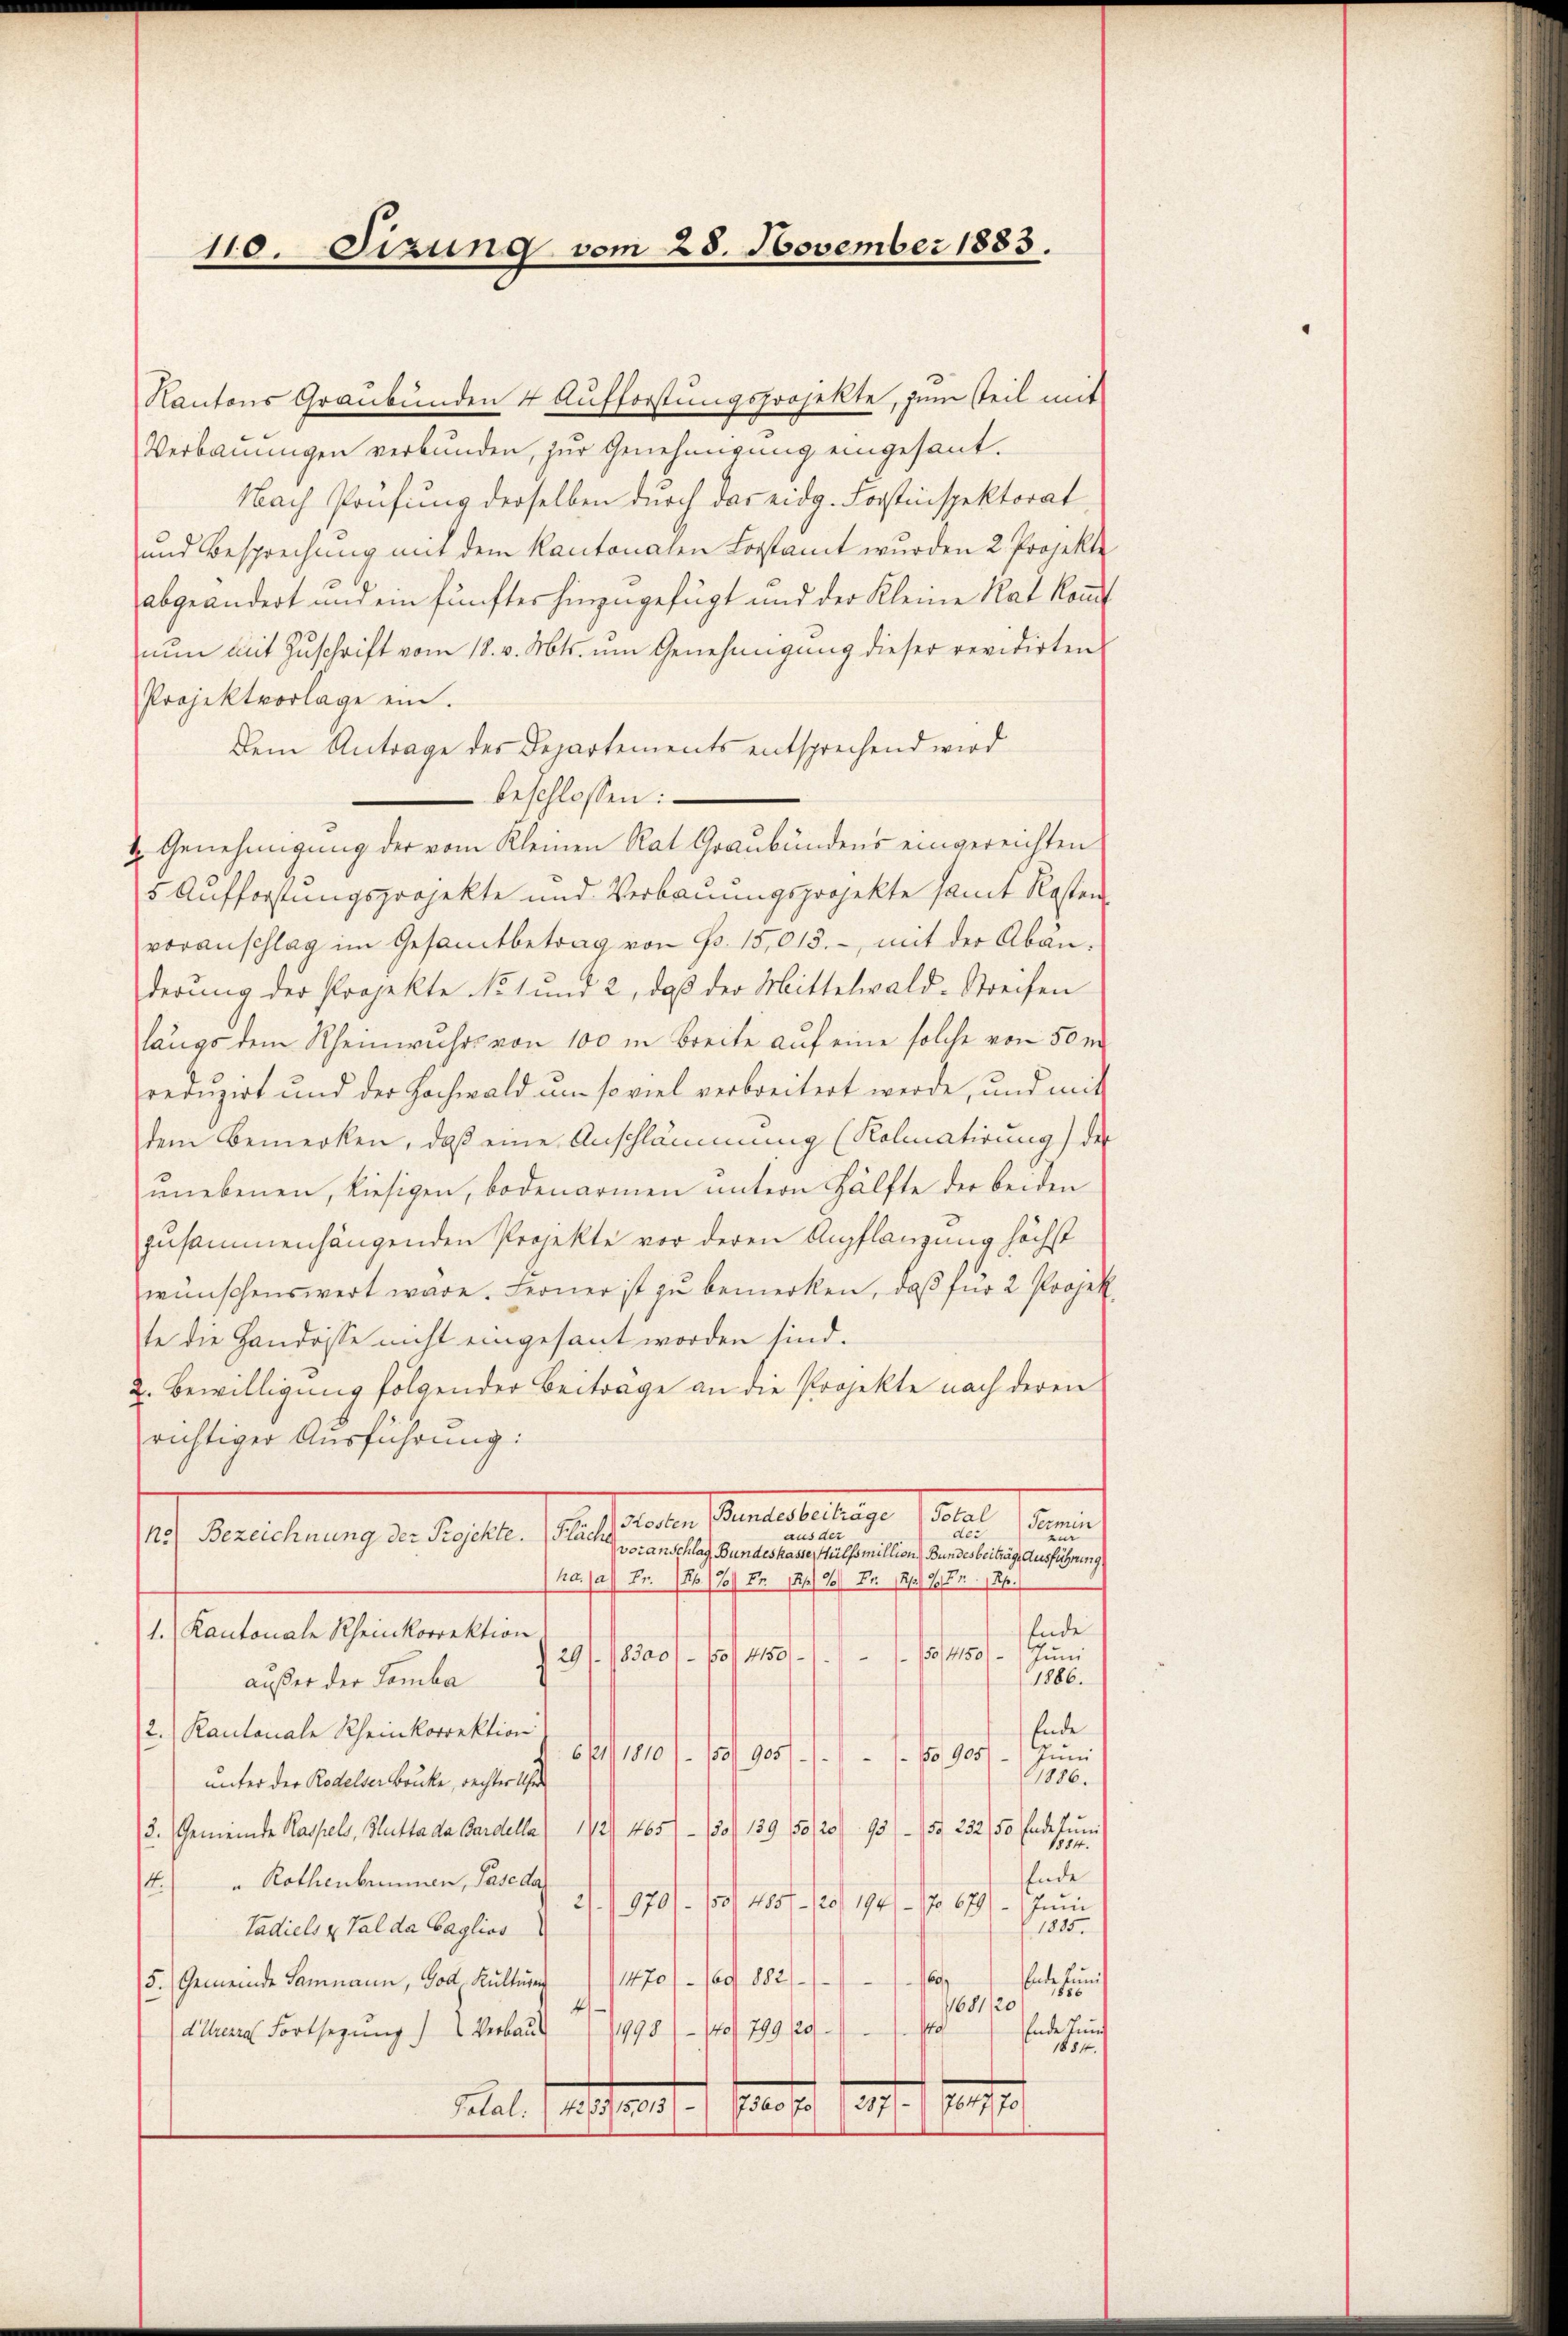
110. Sizung vom 28. November 1883.

Verbauungen verbunden, zur Genehmigung eingesant.
Nach Prüfung derselben durch das eidg. Forstinspektorat
und Besprechung mit dem Kantonalen Lorstamt wurden 2 Projekte
abgeändert und ein fünftes hinzugefügt und der Kleine Rat kommt
nun mit Zuschrift vom 18. v. Mts. um Genehmigung dieser revidirten
Projektvorlage ein.
Dem Antrage des Departements entsprechend wird
beschlossen:
2. Genehmigung der vom Kleinen Rat Graubündens eingereichten
5 Aufforstungsprojekte und Verbauungsprojekte samt Kosten
voranschlag im Gesamtbetrag von Fr. 15,013., mit der Abänderŭng der Projekte No. 1 und 2, daβ der Mittelwald-Streifen
längs dem Rheinwuhrs von 100 in Breite auf eine solche von 50 m
reduzirt und der Hochwald um so viel verbreitert werde, und mit
dem Bemerken, daß eine Anschlammung (Kolmatirung) der
unebenen, hiesigen, bodenarmen untern Hälfte der beiden
zusammenhängenden Projekte vor deren Anpflanzung höchst
wünschenswert wäre. Ferner ist zu bemerken, daß für 2 Projek
te die Handesse nicht eingesant worden sind.
2. Bewilligung folgender Beiträge an die Projekte nach deren
richtiger Ausführung:
Patenten unterbeitrage diesel
Fermin
der
aus der
1.) Wendung erlesen de
voranschlag, Bundeskasse, Hülfsmillion Bundesbeitrag, Ausführung
ka (a) Fr. 26. 126. 52. 121. 26. Fr. 111 26/11
Ende
1. Kantonale Rheinkorrektion
29/ 18300 - 150, 415011. 150/4150. Jŭni
1886.
außer der Tamba
Ende
2. Kantonale Rheinkorrektion
50905/
5/100/1901.
Juni
1086.
unter der Rodelser Brücke, rechter Ue
1
3. Gemeinde Kaspels, Hutta da Bardella) 1/2 465)- 130/ 139 (50/20/95 (15. 232 50 Ende Juni
1884.
Ende
4. " Rothenbrunnen, Basel    170). Von 400 f. 125, 1941.-176791. Juni
1805.
Tadiels u. Tal da Caglios
fun
¬
n
5. Gemeinde Sammann, God. Kultung 1470 (109. 1882
1886
168120
4
e
Ende und
1998) — Wo 799/29.
Athene Fortsezung) Verbaut
1884.

Metal. Vorschrei

Kantons Graubünden 4 Aufforstungsprojekte, zum steil mit